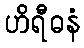
ဟိရီဓနံ